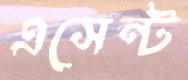
এসেন্ট